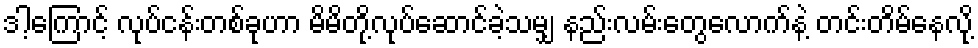
ဒါ့ကြောင့် လုပ်ငန်းတစ်ခုဟာ မိမိတို့လုပ်ဆောင်ခဲ့သမျှ နည်းလမ်းတွေလောက်နဲ့ တင်းတိမ်နေလို့